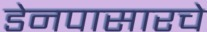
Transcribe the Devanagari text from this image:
डेनपासारचे